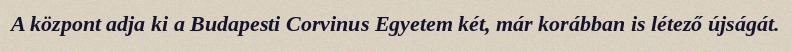
A központ adja ki a Budapesti Corvinus Egyetem két, már korábban is létező újságát.